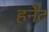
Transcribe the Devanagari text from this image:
हर्नेट